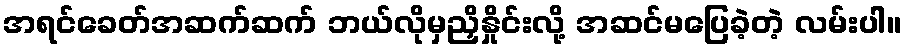
အရင်ခေတ်အဆက်ဆက် ဘယ်လိုမှညှိနှိုင်းလို့ အဆင်မပြေခဲ့တဲ့ လမ်းပါ။